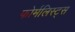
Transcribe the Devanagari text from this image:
फोर्मलिस्ट्स